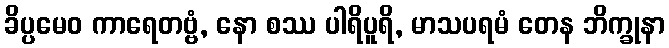
ခိပ္ပမေဝ ကာရေတဗ္ဗံ, နော စဿ ပါရိပူရိ, မာသပရမံ တေန ဘိက္ခုနာ